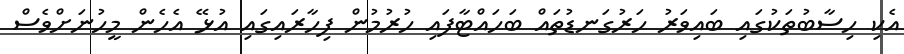
އެކި ހިސާބުތަކުގައި ބައިވަރު ހަރުގަނޑުތައް ބަހައްޓާފައި ހުރުމުން ފިހާރައިގައި އުޅޭ އެހެން މީހުނަށްވެސް